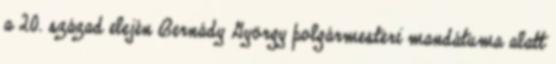
a 20. század elején Bernády György polgármesteri mandátuma alatt